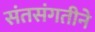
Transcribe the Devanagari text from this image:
संतसंगतीने